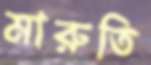
মারুতি